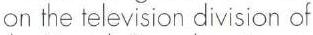
on the television division of